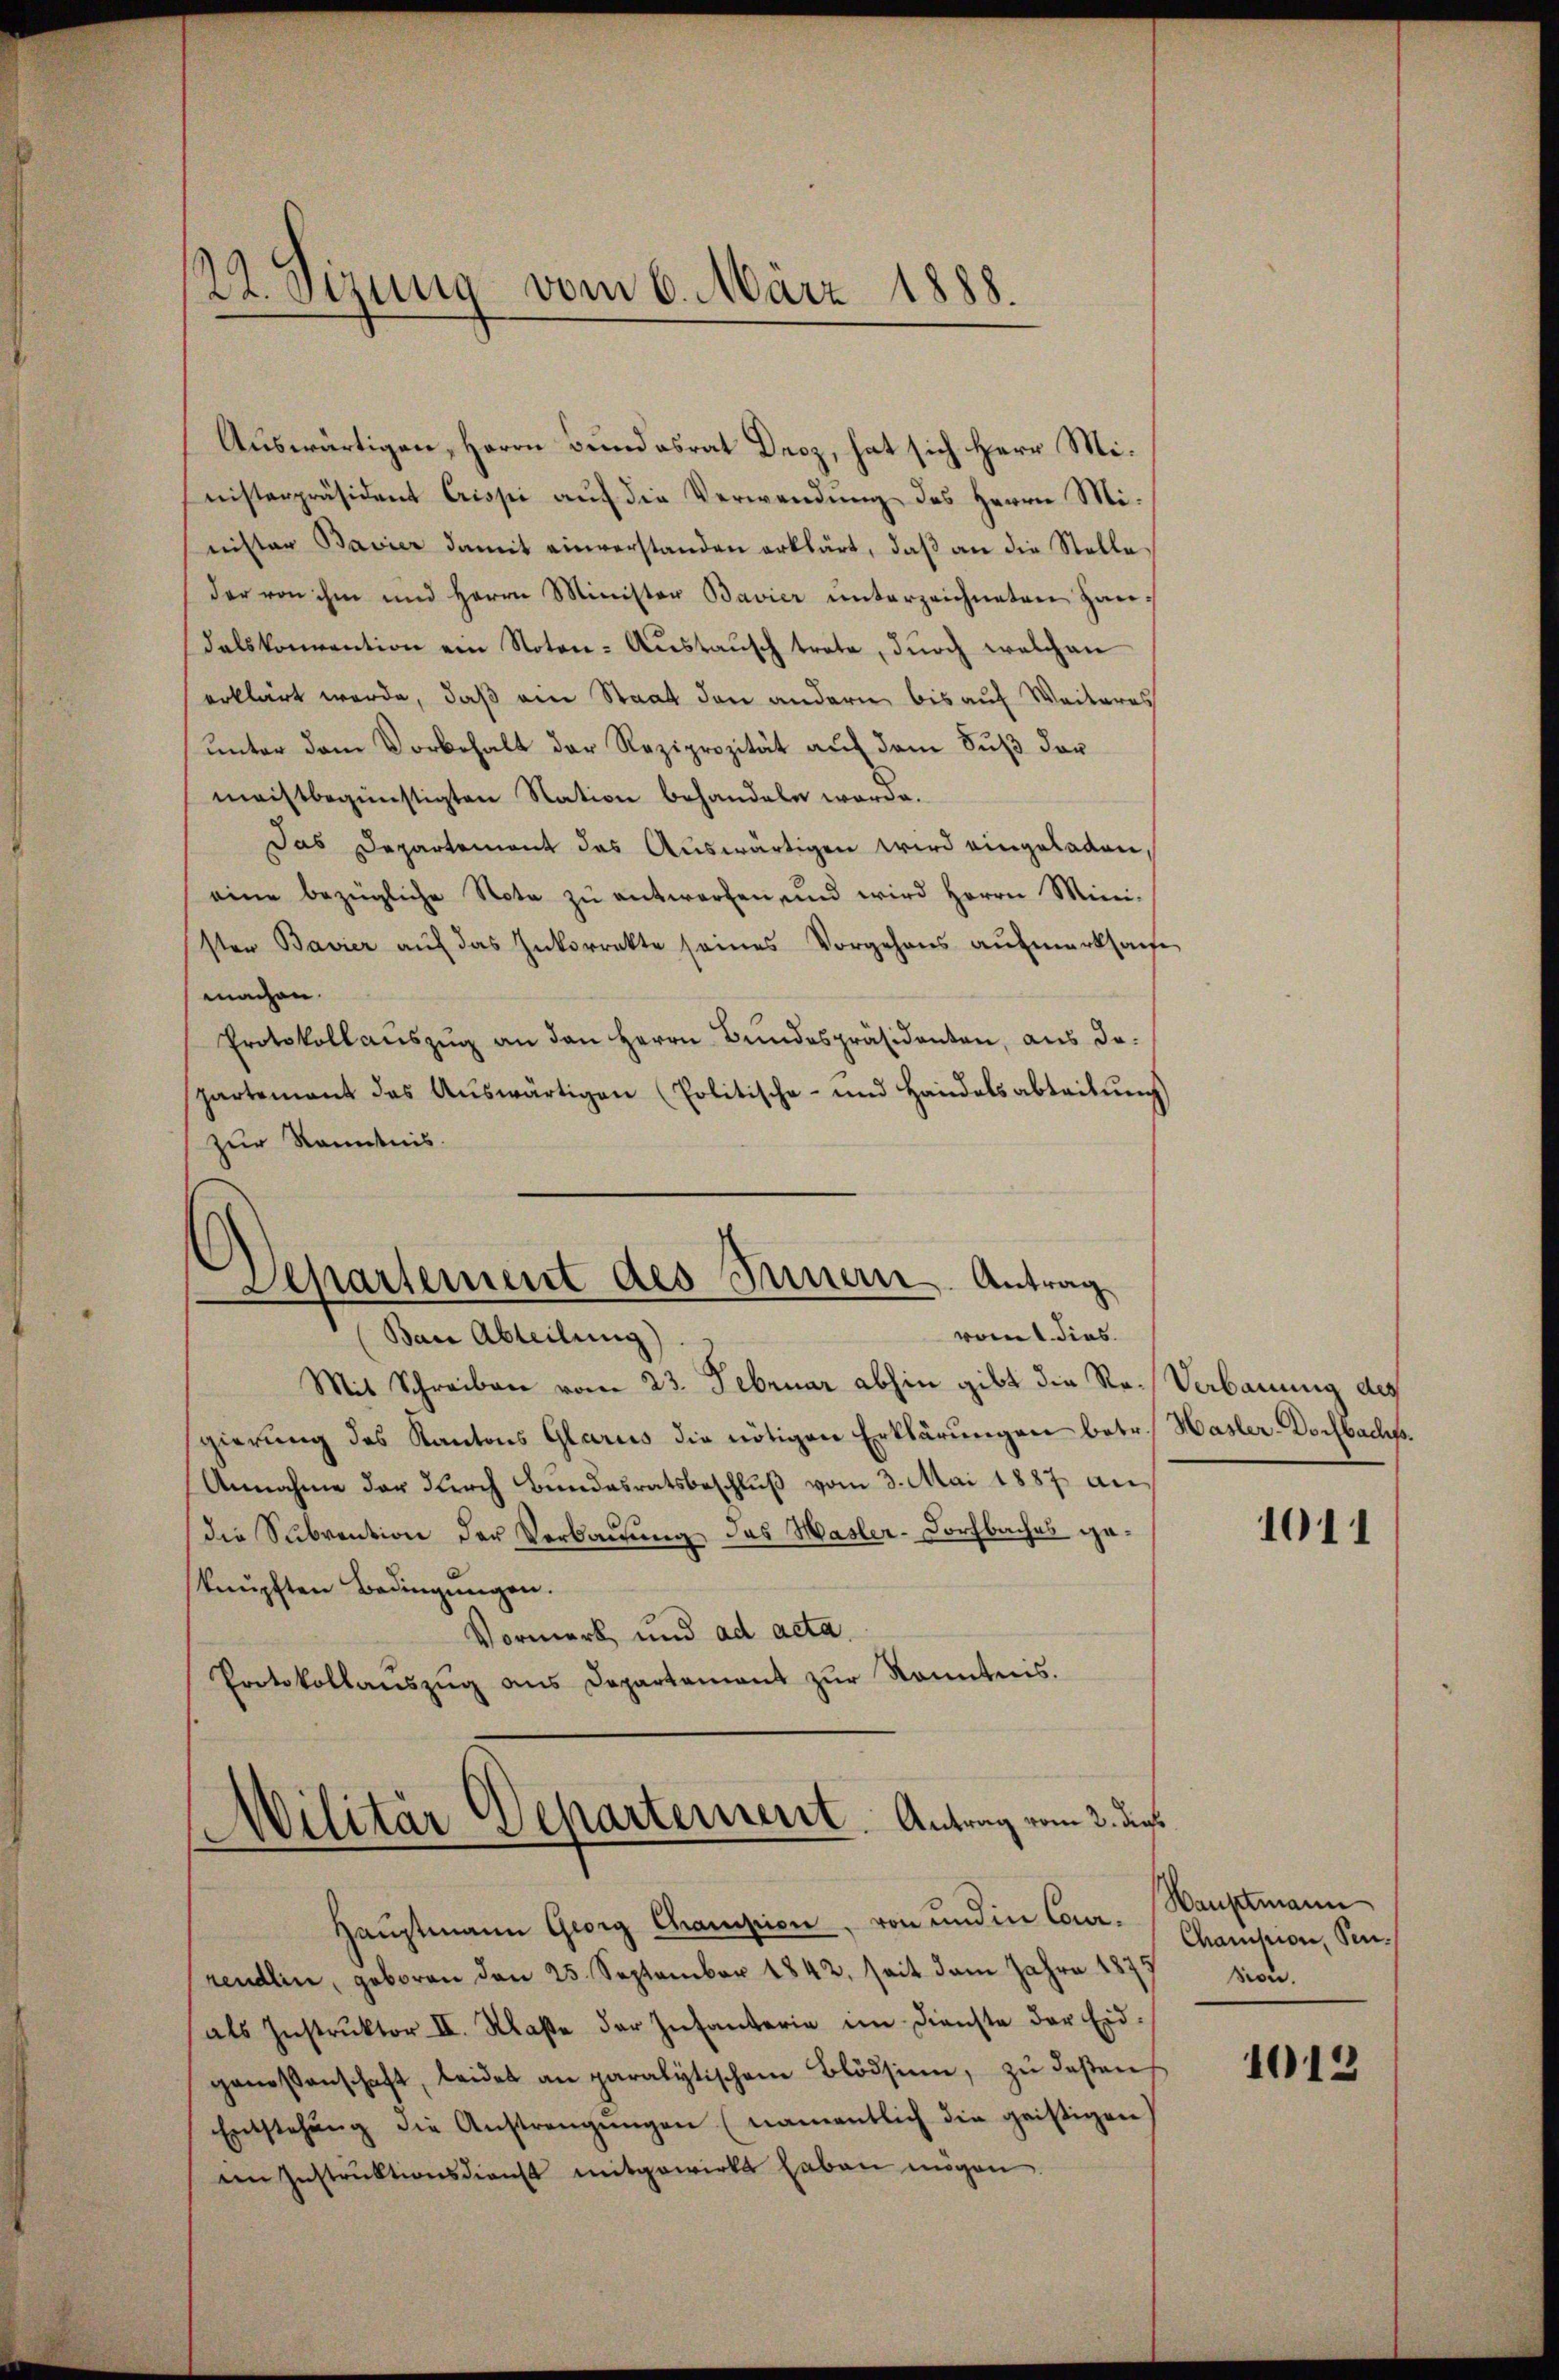
22. Sizung vom 6. März 1888.

Auswärtigen, Herrn Bundesrat Droz, hat sich Herr Ministerpräsident Crissi auf die Verwendung des Herrn Minister Bavier damit einverstanden erklärt, daß an die Stelle
der von ihm und Herrn Minister Bavier ŭnterzeichneten Handalskonvention ein Noten-Aŭstaŭsch trate, durch welchen
erklärt werde, daß ein Staat den andern bis auf Weiteres
unter dem Vorbehalt der Reziprozität auf dem Fuß der
meistbegünstigten Nation behandeln worde.
Das Departement des Auswärtigen wird eingeladen,
eine bezügliche Nota zŭ entworfen, und wird Herrn Ministen Bavier auf das Inkorrekte seines Vorgehens aufmerksache
machen.
Protokoll aŭszŭg an den Herrn Bŭndespräsidenten, aus da-
partement das Auswärtigen (Politische- und Handelsabteilung
zur Kenntnis.
Aepartement des Innern. Antrag
vomt dies
Ban Abteilung)
Mit Schreiben vom 23. Februar abhin gibt die Re-Verbauung des
gierung des Kantons Glarus die nötigen Erklärungen betr. Hasler-Dorfbachs¬
Annahme der durch Bundesratsbeschluß vom 3. Mai 1887 an
die Subvention der Verbauung das Wasler-Dorfbaches geknüpften Bedingungen.
Vormerk und ad acta
Protokollauszug aus Departement zur Kenntnis.

Militär Departement. Antrag vom 2. dies

Hauptmann Georg Champion, von und in Cour. Hauptmann
rendlin, geboren den 25. September 1842, seit dem Jahre 187
als Instrŭktor II. Klasse der Infanterie im Dienste der Eidgenossenschaft, leidet an paralytischen Blödsinn, zu deßen
Entstehŭng die Anstrengŭngen (namentlich die geißigen
en Instrŭktionsdienst mitgewirkt haben mögen.

1011

Chanision, Sension.

1013